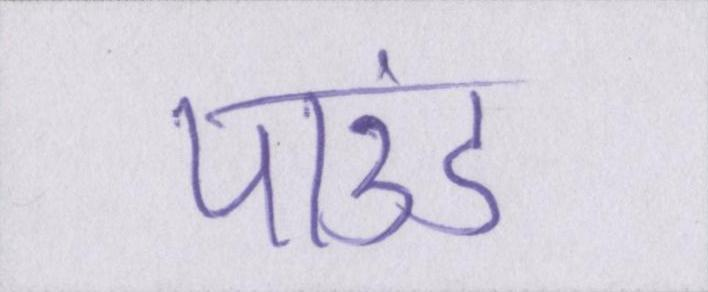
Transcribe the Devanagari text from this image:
पाउंड